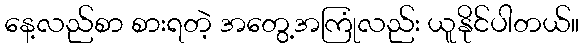
နေ့လည်စာ စားရတဲ့ အတွေ့အကြုံလည်း ယူနိုင်ပါတယ်။